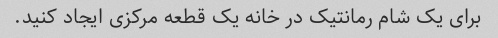
برای یک شام رمانتیک در خانه یک قطعه مرکزی ایجاد کنید.